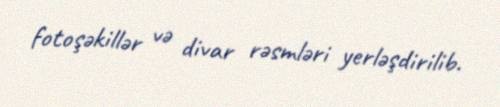
fotoşəkillər və divar rəsmləri yerləşdirilib.